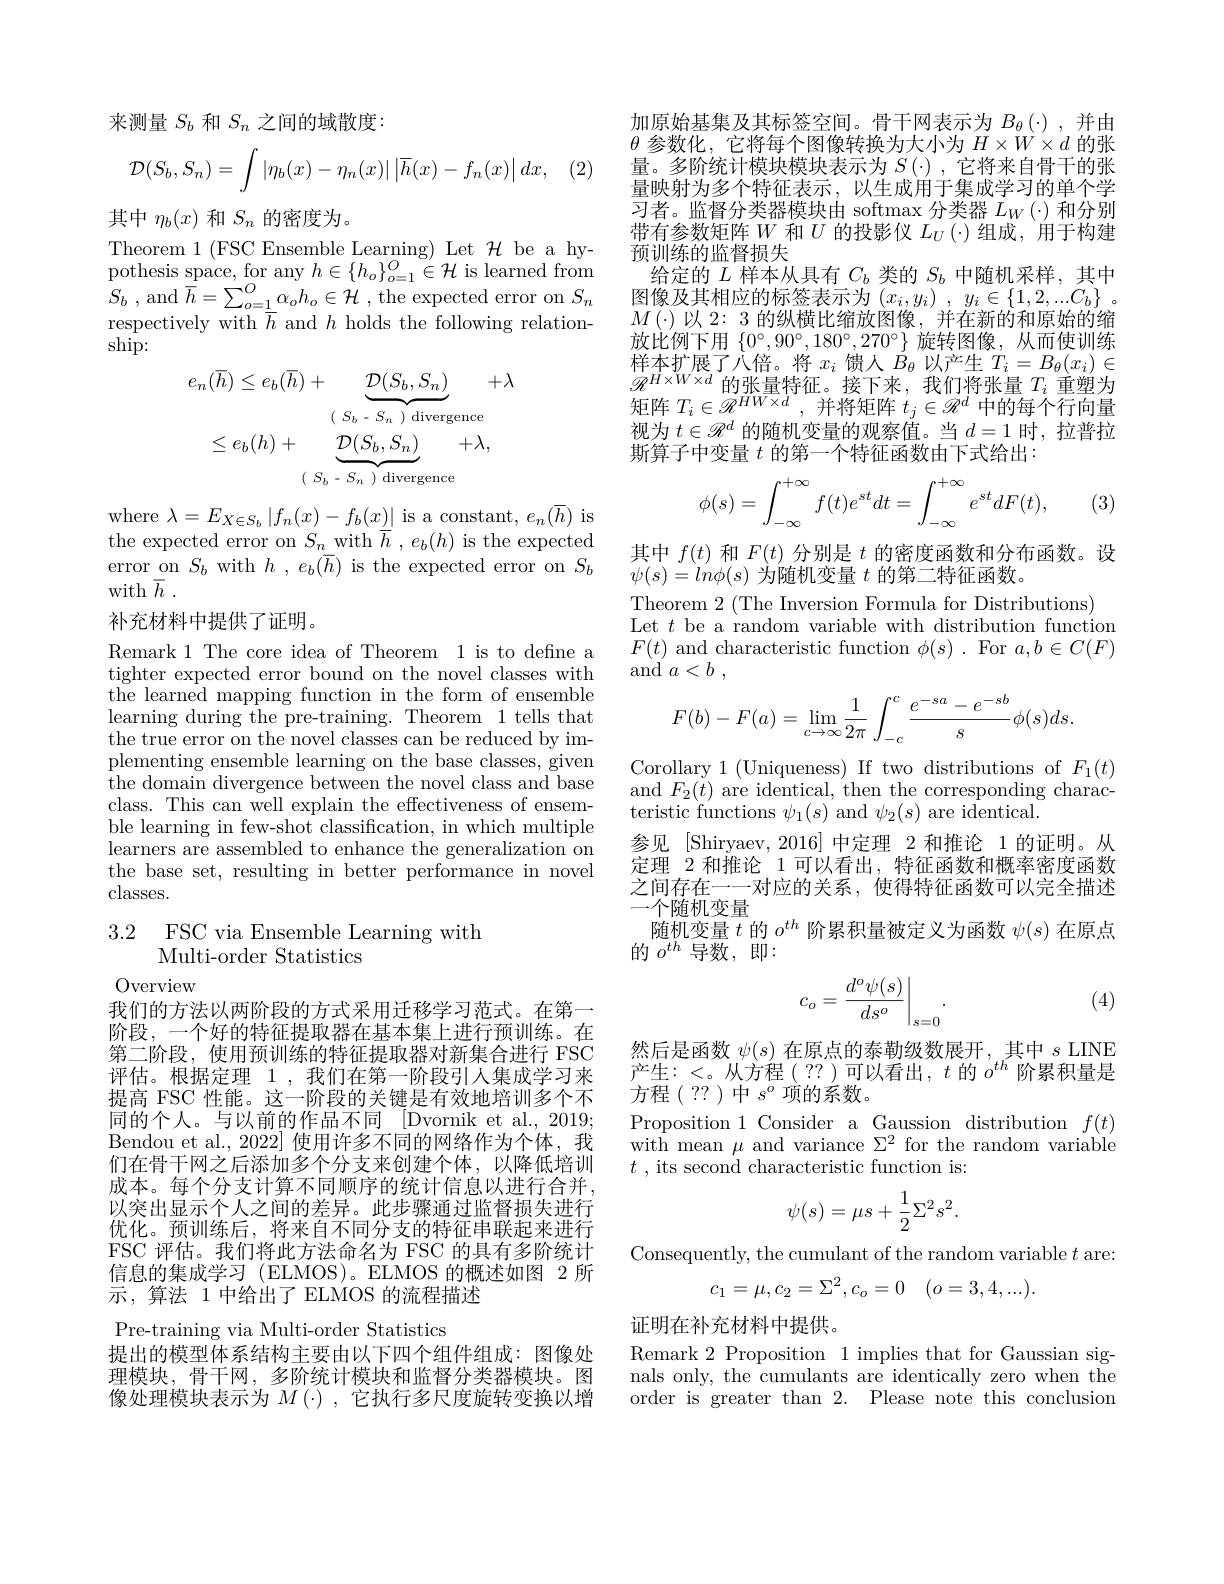
来测量$S_b$和$S_n$之间的域散度：
$$\mathcal{D}(S_b,S_n)=\int|\eta_b(x)-\eta_n(x)|\left|\overline{h}(x)-f_n(x)\right|dx,$$
其中$\eta_{b}(x)$和$S_{n}$的密度为。
Theorem 1 (FSC Ensemble Learning) Let $\mathcal{H}$ be a hypothesis space, for any $h\in\{h_o\}_{o=1}^O\in\mathcal{H}$ is learned from $S_{b}$ , and $\overline {h}= \sum _{o= \underline {1}}^{O}\alpha _{o}h_{o}\in \mathcal{H}$ ,the expected error on $S_{n}$ respectively with $\overline{h}$ and $h$ holds the following relationship:
$$e_{n}(\overline{h})\leq e_{b}(\overline{h})+\underbrace{\mathcal{D}(S_{b},S_{n})}_{(\:S_{b}\:-\:S_{n}\:)\:\mathrm{divergence}}+\lambda\\\leq e_{b}(h)+\underbrace{\mathcal{D}(S_{b},S_{n})}_{(\:S_{b}\:-\:S_{n}\:)\:\mathrm{divergence}}+\lambda,$$
where $\lambda=E_{X\in S_{b}}\left|f_{n}(x)-f_{b}(x)\right|$ is a constant, $e_n(\overline{h})$ is the expected error on $S_n$with $\overline{h},e_b(h)$ is the expected error on $S_b$ with $h$ , $e_b(\overline{h})$ is the expected error on $S_b$ $\operatorname { with} \overline {h}$ .
补充材料中提供了证明。

Remark 1 The core idea of Theorem 1 is to define a tighter expected error bound on the novel classes with ${\mathrm{the~learned~mapping~function~in~the~form~of~ensemble}}$ learning during the pre-training. Theorem 1 tells that the true error on the novel classes can be reduced by implementing ensemble learning on the base classes, given the domain divergence between the novel class and base class. This can well explain the effectiveness of ensemble learning in few-shot classification, in which multiple learners are assembled to enhance the generalization on the base set, resulting in better performance in novel classes.

## 3.2 FSC via Ensemble Learning with Multi-order Statistics

Overview
我们的方法以两阶段的方式采用迁移学习范式。在第一阶段，一个好的特征提取器在基本集上进行预训练。在第二阶段，使用预训练的特征提取器对新集合进行 FSC 评估。根据定理 1 , 我们在第一阶段引人集成学习来提高 FSC 性能。这一阶段的关键是有效地培训多个不同的个人。与以前的作品不同 [Dvornik et al.,2019; Bendou et al., 2022] 使用许多不同的网络作为个体，我们在骨干网之后添加多个分支来创建个体，以降低培训成本。每个分支计算不同顺序的统计信息以进行合并， 以突出显示个人之间的差异。此步骤通过监督损失进行优化。预训练后，将来自不同分支的特征串联起来进行FSC 评估。我们将此方法命名为 FSC 的具有多阶统计信息的集成学习 (ELMOS)。ELMOS 的概述如图 2 所示，算法 1 中给出了 ELMOS 的流程描述
Pre-training via Multi-order Statistics
提出的模型体系结构主要由以下四个组件组成：图像处理模块，骨干网，多阶统计模块和监督分类器模块。图像处理模块表示为$M(\cdot)$,它执行多尺度旋转变换以增

$\begin{array}{l}\text{加原始基集及其标签空间。骨干网表示为}B_\theta(\cdot),\text{并由}\\\theta\text{ 参数化，它将每个图像转换为大小为 }H\times W\times d\text{ 的张}\end{array}$ 量。多阶统计模块模块表示为$S\left(\cdot\right)$,它将来自骨干的张量映射为多个特征表示，以生成用于集成学习的单个学习者。监督分类器模块由 softmax 分类器 $L_W\left(\cdot\right)$和分别带有参数矩阵$W$和$U$的投影仪$L_U(\cdot)$组成，用于构建预训练的监督损失
给定的$L$样本从具有$C_b$类的$S_b$中随机采样，其中图像及其相应的标签表示为$( x_i, y_i)$ , $y_i\in \{ 1, 2, . . . C_b\}$ 。$M(\cdot)$以 2: 3 的纵横比缩放图像，并在新的和原始的缩放比例下用$\{0^\circ,90^\circ,180^\circ,270^\circ\}$旋转图像，从而使训练样本扩展了八倍。将$x_i$馈人$\hat{B}_\theta$以产生$T_i=B_\theta(x_i)\in$ $\mathscr{R} ^{H\times W\times d}$的 张 量 特 征 。接 下 来 , 我 们 将 张 量 $T_i$ 重 塑 为 矩 阵 $T_i\in \mathscr{R} ^{HW\times d}$, 并 将 矩 阵 $t_j\in \mathscr{R} ^d$ 中 的 每 个 行 向 量视为$t\in\mathscr{R}^d$的随机变量的观察值。当$d=1$时，拉普拉斯算子中变量$t$的第一个特征函数由下式给出：
$$\phi(s)=\int_{-\infty}^{+\infty}f(t)e^{st}dt=\int_{-\infty}^{+\infty}e^{st}dF(t),$$
(3)

其中$f(t)$和$F(t)$分别是$t$的密度函数和分布函数。设
$\psi(s)=ln\phi(s)$为随机变量$t$的第二特征函数。
Theorem 2 (The Inversion Formula for Distributions)
Let $t$ be a random variable with distribution function $F(t)$ and characteristic function $\phi(s).$ For $a,b\in C(F)$ and $a< b$ ,
$$\begin{aligned}F(b)-F(a)=\lim_{c\to\infty}\frac{1}{2\pi}\int_{-c}^{c}\frac{e^{-sa}-e^{-sb}}{s}\phi(s)ds.\end{aligned}$$
Corollary 1 ( Uniqueness) If two distributions of $F_{1}( t)$ and $F_{2}(t)$ are identical, then the corresponding characteristic functions $\psi_1(s)$ and $\psi_2(s)$ are identical.
参见 [Shiryaev,2016]中定理 2 和推论 1 的证明。从定理 2 和推论 1 可以看出，特征函数和概率密度函数之间存在一一对应的关系，使得特征函数可以完全描述一个随机变量
随机变量$t$的$o^{th}$阶累积量被定义为函数$\psi(s)$在原点
的$o^{th}$导数，即：
$$c_o=\left.\frac{d^o\psi(s)}{ds^o}\right|_{s=0}.$$
(4)

然后是函数$\psi(s)$在原点的泰勒级数展开 ,其中$s$ LINE 产生：<。从方程(??)可以看出，$t$的$o^th$阶累积量是方程(??)中$s^o$项的系数。
$\operatorname*{Proposition}_{\therefore\text{s}\mathrm{I}}$Consider a$\operatorname*{Gaussion}_{\nabla^{2}\mathrm{~f}\mathrm{~al}}$distribution$f(t)$ with mean $\mu$ and variance $\Sigma^2$ for the random variable $t$ , its second characteristic function is:
$$\psi(s)=\mu s+\frac{1}{2}\Sigma^{2}s^{2}.$$
Consequently, the cumulant of the random variable $t$ are:
$$c_1=\mu,c_2=\Sigma^2,c_o=0\quad(o=3,4,...).$$
证明在补充材料中提供。
Remark 2 Proposition 1 implies that for Gaussian signals only, the cumulants are identically zero when the order is greater than 2. Please note this conclusion